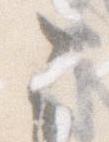
こ